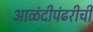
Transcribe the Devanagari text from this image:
आळंदीपंढरीची